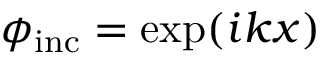
\phi _ { \mathrm { i n c } } = \exp ( i k x )